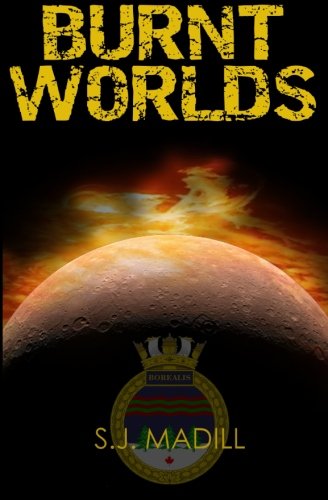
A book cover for Burnt Worlds; S. J. Madill; Science Fiction & Fantasy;